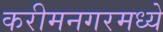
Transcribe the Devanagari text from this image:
करीमनगरमध्ये